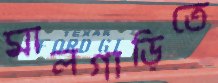
মালগাড়িতে